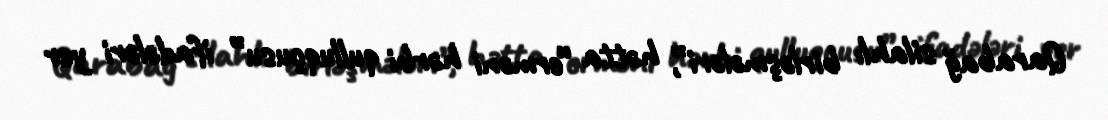
Qarabağ silahlı birləşmələri”, hətta “erməni hərbi qulluqçusu” ifadələri yer